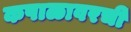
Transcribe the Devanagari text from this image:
कपाळावरची